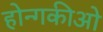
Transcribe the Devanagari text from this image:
होन्गकीओ